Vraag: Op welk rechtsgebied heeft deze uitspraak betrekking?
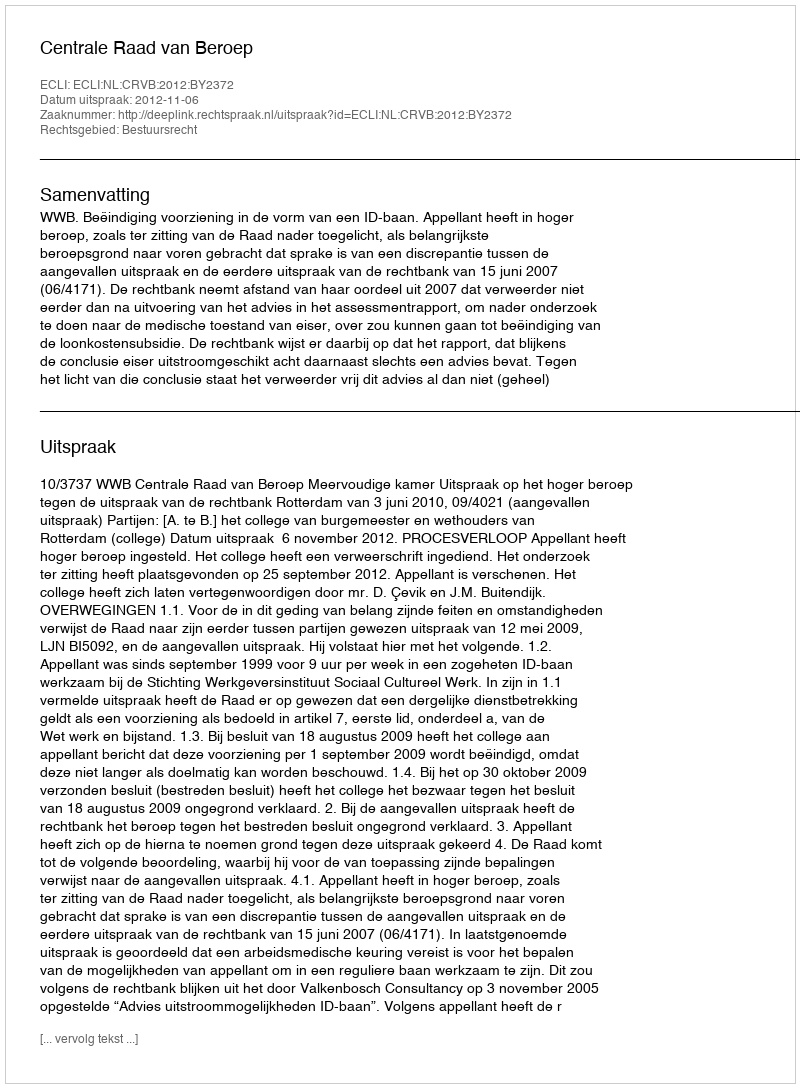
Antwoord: Bestuursrecht